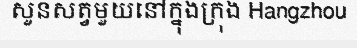
សួនសត្វមួយនៅក្នុងក្រុង Hangzhou